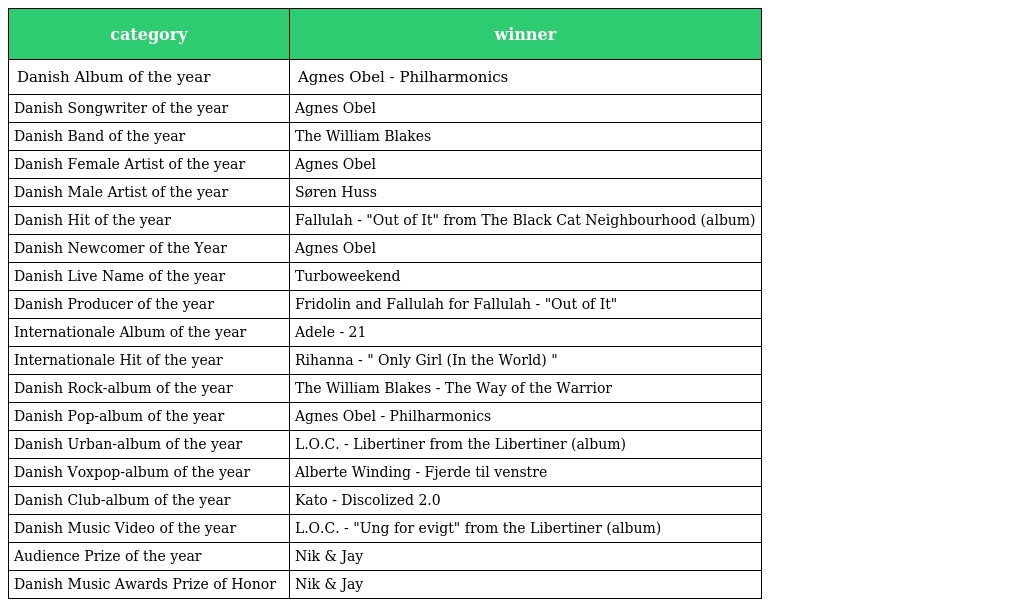
| category | winner |
 | --- | --- |
 | Danish Album of the year | Agnes Obel - Philharmonics |
 | Danish Songwriter of the year | Agnes Obel |
 | Danish Band of the year | The William Blakes |
 | Danish Female Artist of the year | Agnes Obel |
 | Danish Male Artist of the year | Søren Huss |
 | Danish Hit of the year | Fallulah - "Out of It" from The Black Cat Neighbourhood (album) |
 | Danish Newcomer of the Year | Agnes Obel |
 | Danish Live Name of the year | Turboweekend |
 | Danish Producer of the year | Fridolin and Fallulah for Fallulah - "Out of It" |
 | Internationale Album of the year | Adele - 21 |
 | Internationale Hit of the year | Rihanna - " Only Girl (In the World) " |
 | Danish Rock-album of the year | The William Blakes - The Way of the Warrior |
 | Danish Pop-album of the year | Agnes Obel - Philharmonics |
 | Danish Urban-album of the year | L.O.C. - Libertiner from the Libertiner (album) |
 | Danish Voxpop-album of the year | Alberte Winding - Fjerde til venstre |
 | Danish Club-album of the year | Kato - Discolized 2.0 |
 | Danish Music Video of the year | L.O.C. - "Ung for evigt" from the Libertiner (album) |
 | Audience Prize of the year | Nik & Jay |
 | Danish Music Awards Prize of Honor | Nik & Jay |